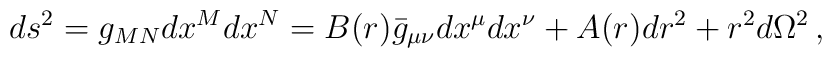
ds^2 = g_{MN}dx^Mdx^N     = B(r)\bar{g}_{\mu\nu}dx^\mu dx^\nu +A(r)dr^2 +r^2d\Omega^2\,,